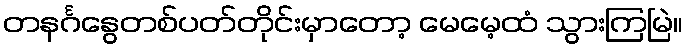
တနင်္ဂနွေတစ်ပတ်တိုင်းမှာတော့ မေမေ့ထံ သွားကြမြဲ။